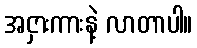
အငှားကားနဲ့ လာတာပါ။